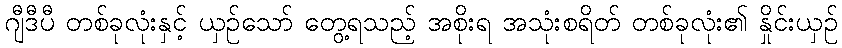
ဂျီဒီပီ တစ်ခုလုံးနှင့် ယှဉ်သော် တွေ့ရသည့် အစိုးရ အသုံးစရိတ် တစ်ခုလုံး၏ နှိုင်းယှဉ်